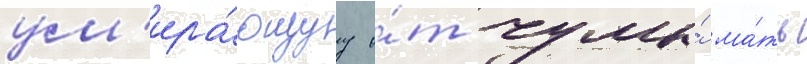
ум'ира́ющуу о́т чумы́ ма́ть